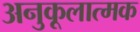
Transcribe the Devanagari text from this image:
अनुकूलात्मक